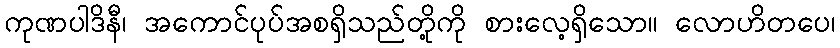
ကုဏပါဒိနီ၊ အကောင်ပုပ်အစရှိသည်တို့ကို စားလေ့ရှိသော။ လောဟိတပေ၊